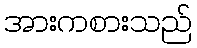
အားကစားသည်